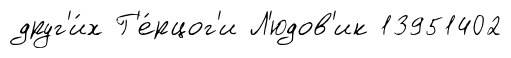
друг'и́х Г'е́рцог'и Л'юдов'ик 13951402